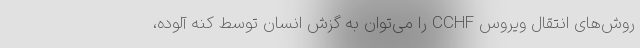
روش‌های انتقال ویروس CCHF را می‌توان به گزش انسان توسط کنه آلوده،